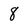
Character: 8